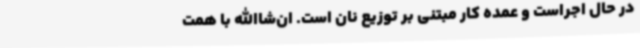
در حال اجراست و عمده کار مبتنی بر توزیع نان است. ان‌شاالله با همت